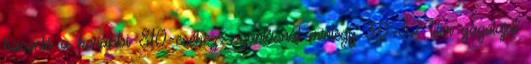
hasonló a korábbi 810-eséhez: szántásnál mintegy 30-32 liter gázolajat